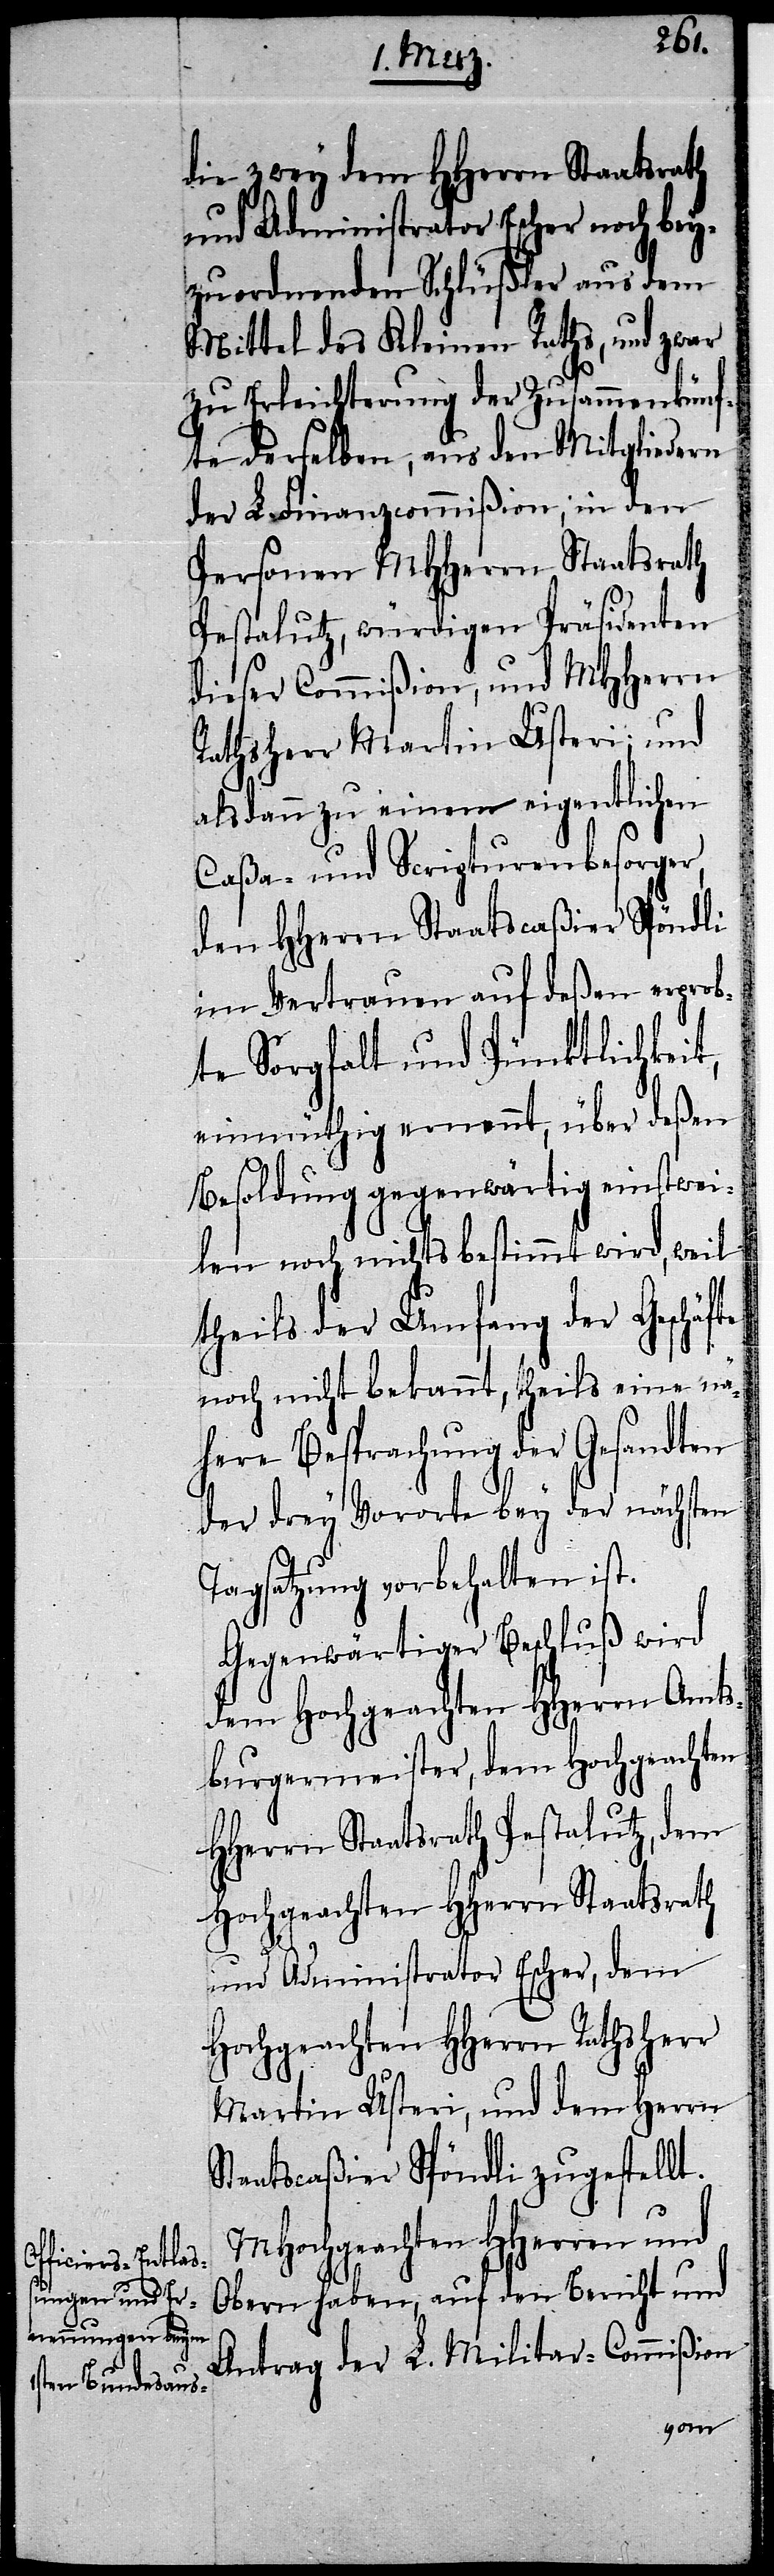
die zwey dem HHerrn Staatsrath
und Administrator Escher noch bey¬
zuordnenden Schlüßler aus dem
Mittel des Kleinen Raths, und zwar
zu Erleichterung der Zusammenkünf¬
te derselben, aus den Mitgliedern
der L. Finanzcommißion, in den
Personen MHHerrn Staatsrath
Pestalutz, würdigen Präsidenten
dieser Commißion, und MHHerrn
Rathsherr Martin Usteri; und
alsdann zu einem eigentlichen
Caßa- und Scripturenbesorger,
den HHerrn Staatscaßier Spöndli
im Vertrauen auf deßen erprob¬
te Sorgfalt und Pünktlichkeit,
einmüthig ernennt, über deßen
Besoldung gegenwärtig einstwei¬
len noch nichts bestimmt wird, weil
theils der Umfang der Geschäfte
noch nicht bekannt, theils eine nä¬
here Besprachung der Gesandten
der drey Vororte bey der nächsten
Tagsatzung vorbehalten ist.
Gegenwärtiger Beschluß wird
dem Hochgeachten HHerrn Amts¬
burgermeister, dem Hochgeachten
HHerrn Staatsrath Pestalutz, dem
Hochgeachten HHerrn Staatsrath
und Administrator Escher, dem
Hochgeachten HHerrn Rathsherr
Martin Usteri, und dem Herrn
Staatscaßier Spöndli zugestellt.
MHochgeachten HHerren und
Obern haben, auf den Bericht und
Antrag der L. Militar-Commißion